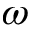
\omega